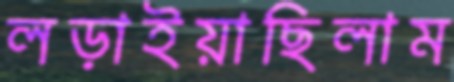
লড়াইয়াছিলাম